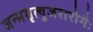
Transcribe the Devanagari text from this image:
जन्ममृत्युजरारोगैः